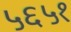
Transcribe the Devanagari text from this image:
५६५१